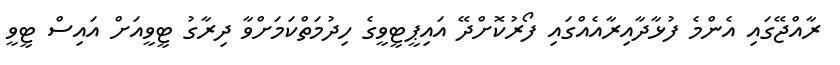
ރާއްޖޭގައި އެންމެ ފުޅާދާއިރާއެއްގައި ފޯރުކޮށްދޭ އައިޕީޓީވީގެ ހިދުމަތްކަމަށްވާ ދިރާގު ޓީވީއަށް އައިސް ޓީވީ